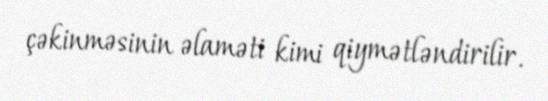
çəkinməsinin əlaməti kimi qiymətləndirilir.